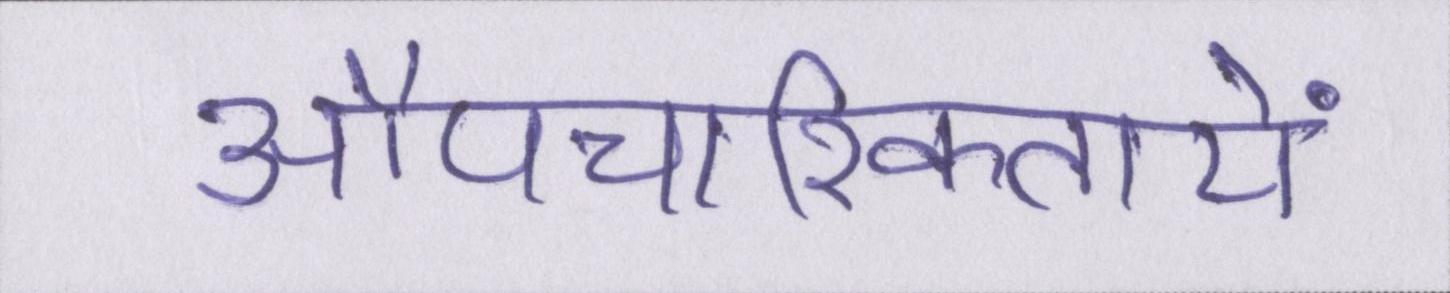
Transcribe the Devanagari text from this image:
औपचारिकतायें